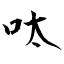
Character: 呔